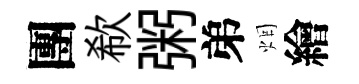
團欷粥弟烟繪